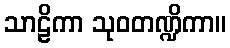
သာဠိကာ သုဝတဏ္ဍိကာ။